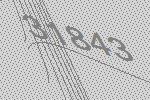
31843